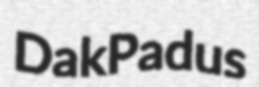
Dak Padus